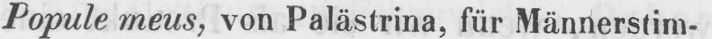
Popule meus, von Palästrina, für Männerstim-